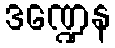
ဒဏ္ဍေန